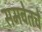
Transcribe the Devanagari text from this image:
समवेतचे